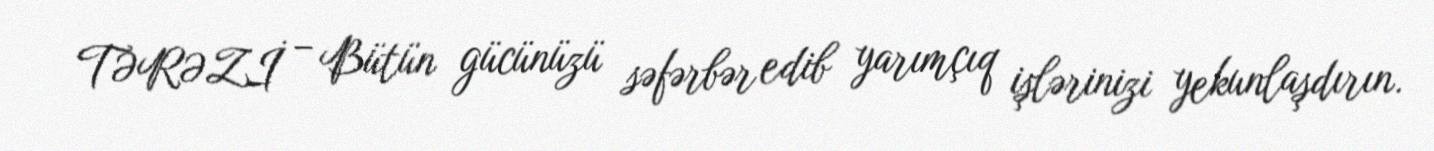
TƏRƏZİ – Bütün gücünüzü səfərbər edib yarımçıq işlərinizi yekunlaşdırın.